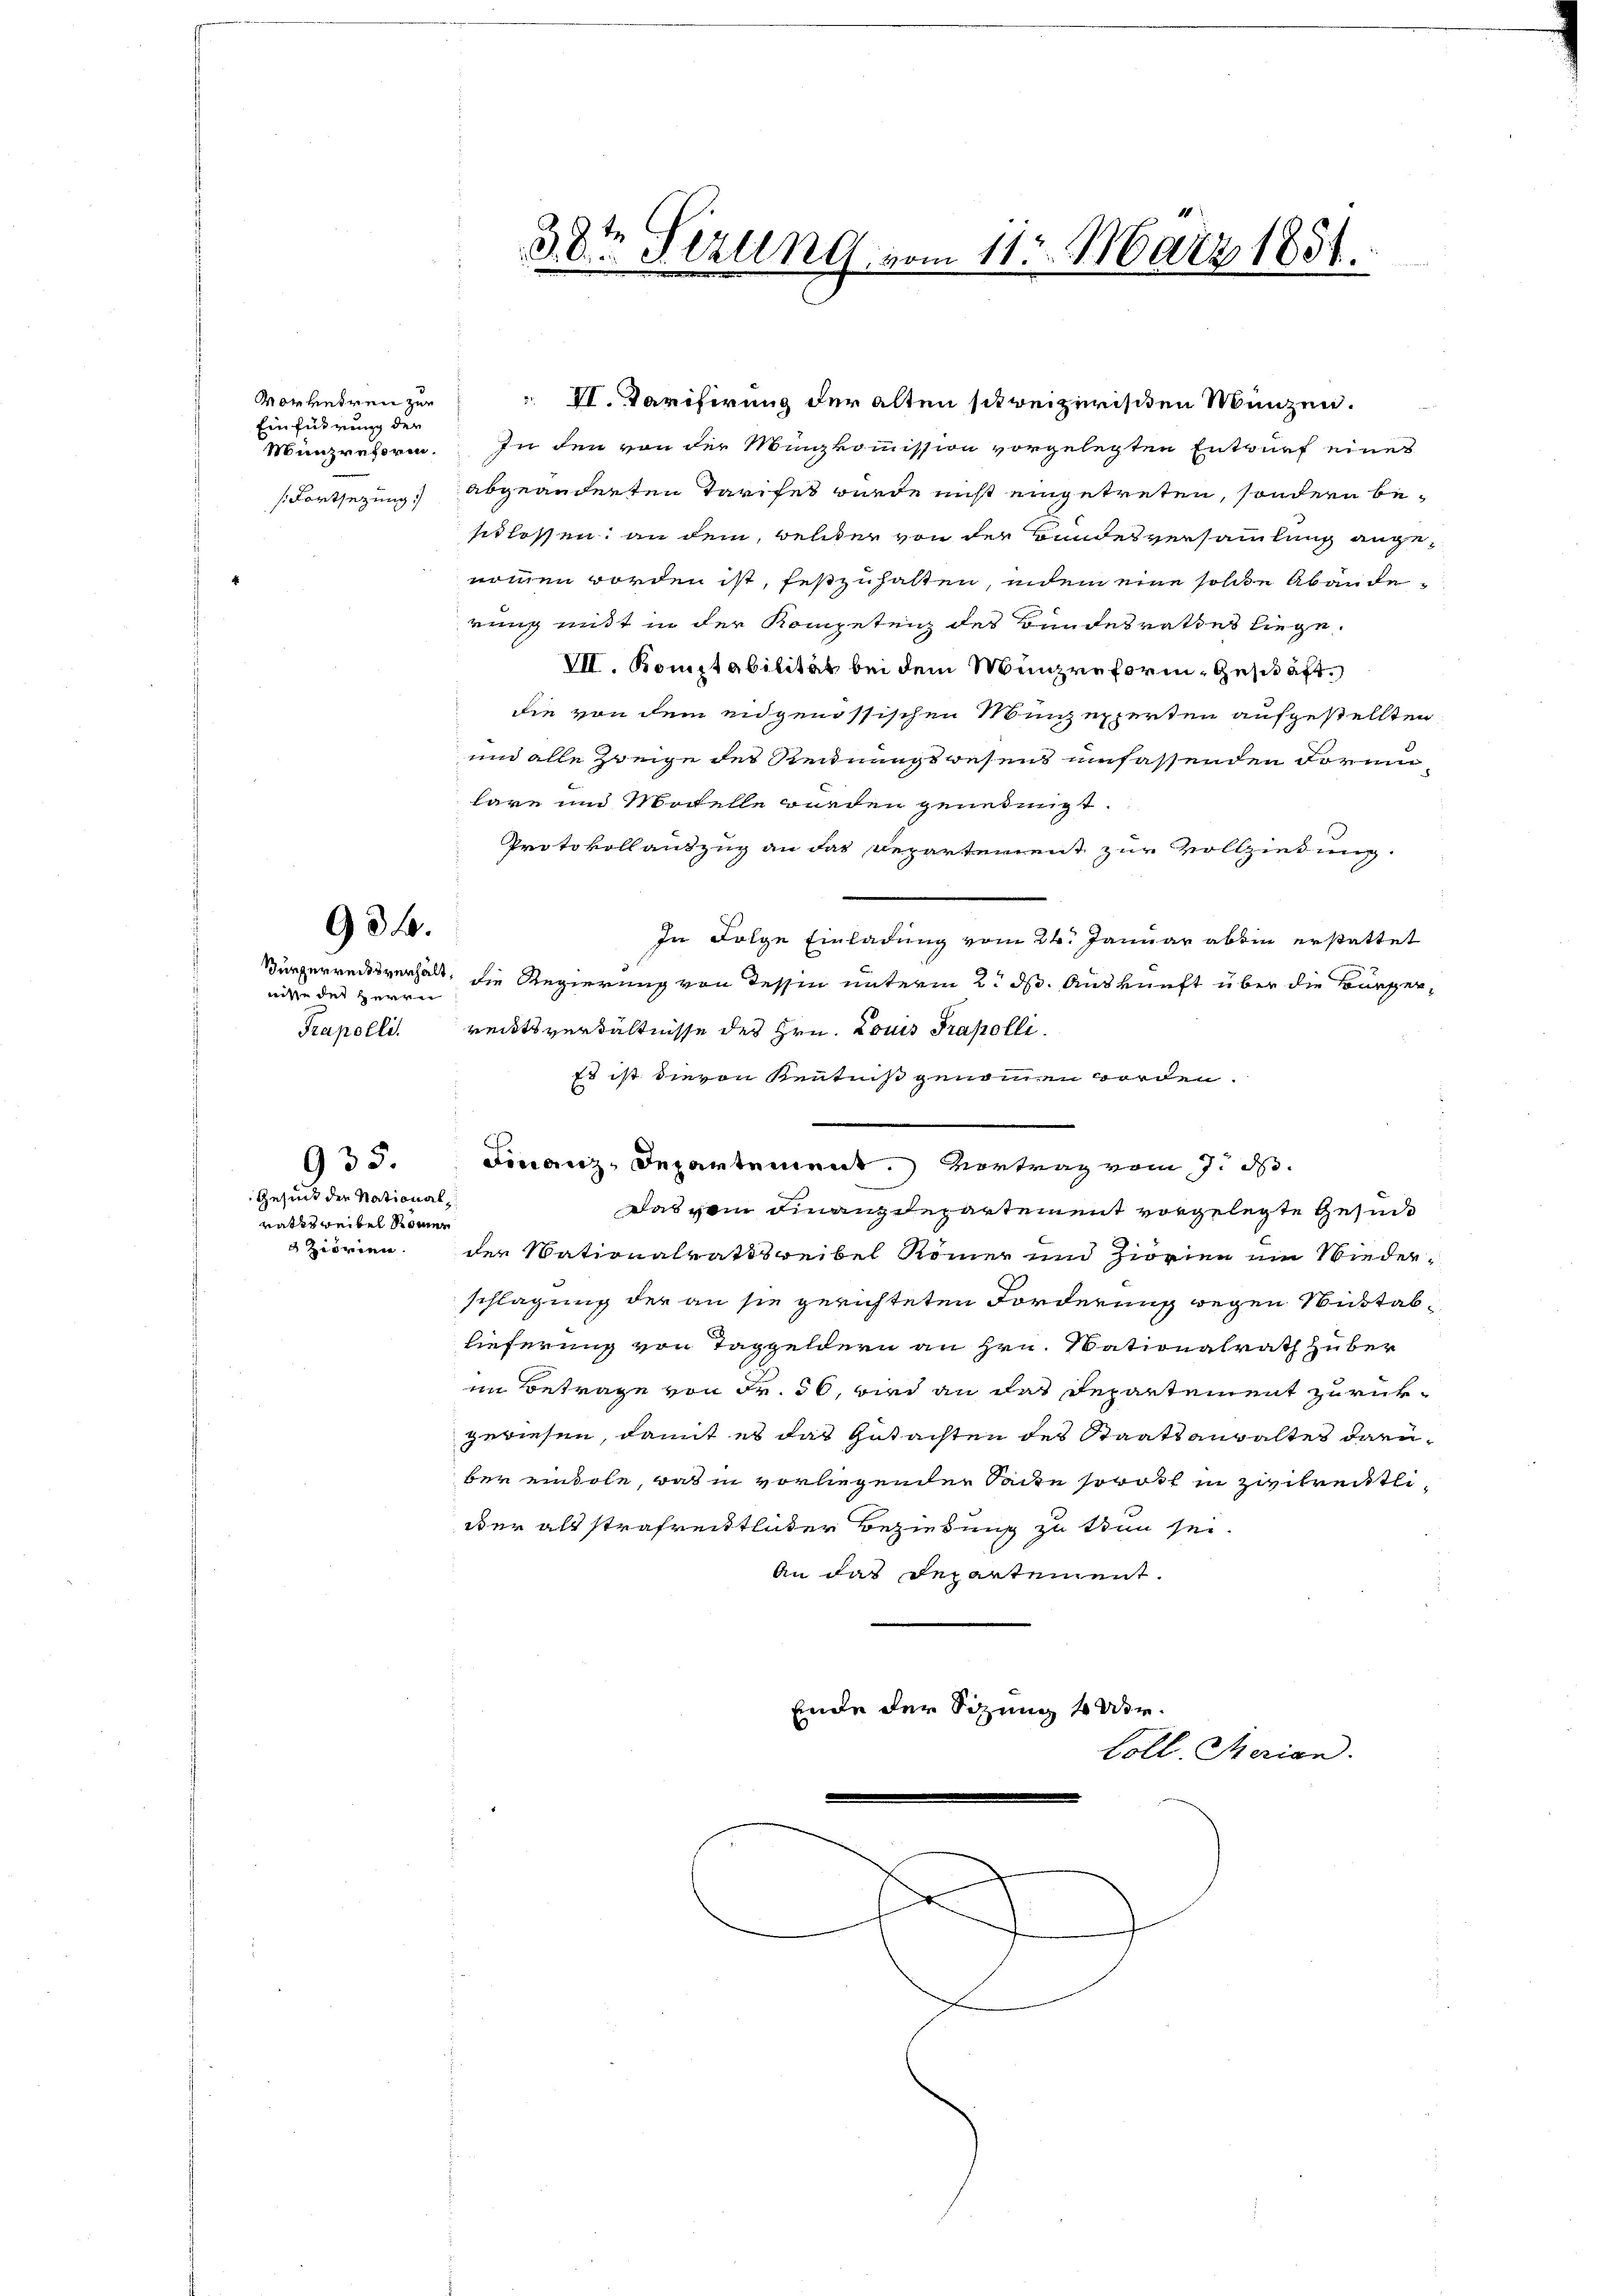
Vorkehren zur
Einführung der
Münzreforen.
(Fortsezung

934.

Jürgerredes verhält,
mitte der Herrn
Prapolli.

Gesuch der National
raths weibel komer
Ziorien.

935.

VI. Tarifirung der alten schreizerischen Münzen.
In den von der Münzkommission vorgelegten Entwurf eines
abgeänderten Tarifes wurde nicht eingetreten, sondern besedlossen, an dem, welcher von der Bundesversammlung angenommen worden ist, festzuhalten, indem eine solche Abänderung mitt in der Kompetenz des Bundesrathes liege.
VII. Komptabilität bei dem Münzreform-Geschäft
die von dem eidgenössischen Münzexperten aufgestellten
und alle Zweige des Reidnungswesens umfassenden darun
lare und Morelle würden genehmigt.
Protokollantzug an das Repartement zur Vollziehung
In Folge Einladung vom 24. Januar aben erstattet
die Regierung von dessen unterm 2. ds. Auskunft über die Bürgerreitsverhältnisse des Hrn. Louis Prakolli
Es ist dievon Kenntniß genommen worden.
Finanz-Departement. Vortrag vom 7. d.
Das vom Finanzdepartement vorgelegte Gesin
der Nationalrathseibel Römer und Zierien ein Wiederschlagung der an sie gerichteten Forderung wegen Stuttablieferung von Taggeldern an Hrn. Nationalrath Huber
im Betrage von Fr. 36, wird an das Departement zurükgewiesen, damit es das Gutachten des Staatsanwaltes darüber eintole, was in vorliegenden Sache sorost in zwitreitlidder als strafreittlicher Beziehung zu kann sei.
An das Departement.
Ende der Sitzung 4 Ver
Cöll. Merian.

38te Sirung, vom 11. März 1851.

s